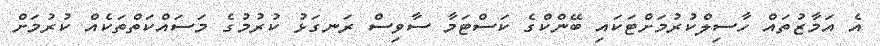
އެ އަމާޒުތައް ހާސިލްކުރުމަށްޓަކައި ބޭންކްގެ ކަސްޓަމާ ސާވިސް ރަނގަޅު ކުރުމުގެ މަސައްކަތްތަކެއް ކުރުމަށް